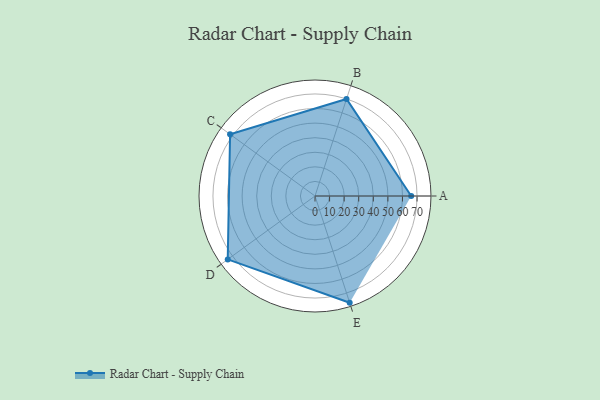
{"axis": {"x": "Skill", "y": "Score"}, "legend": ["Profile"], "data": [{"x": "A", "y": 66.0, "type": "Profile"}, {"x": "B", "y": 70.0, "type": "Profile"}, {"x": "C", "y": 72.0, "type": "Profile"}, {"x": "D", "y": 74.0, "type": "Profile"}, {"x": "E", "y": 77.0, "type": "Profile"}]}